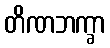
တိဏဘက္ခာ